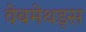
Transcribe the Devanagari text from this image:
वेबमेथड्स